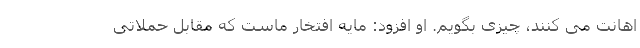
اهانت می کنند، چیزی بگویم. او افزود: مایه افتخار ماست که مقابل حملاتی